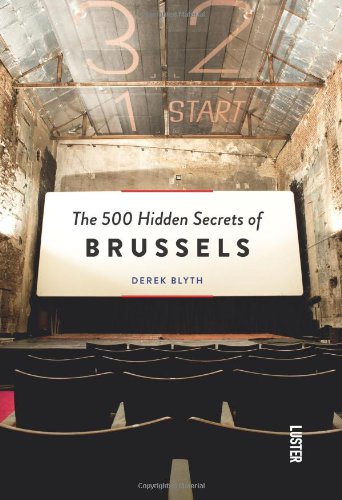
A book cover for The 500 Hidden Secrets of Brussels; Derek Blyth; Travel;